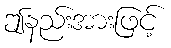
ဤနည်းအားဖြင့်